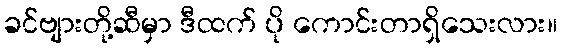
ခင်ဗျားတို့ဆီမှာ ဒီထက် ပို ကောင်းတာရှိသေးလား။